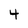
Character: 4